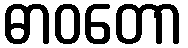
ဓာဝတော